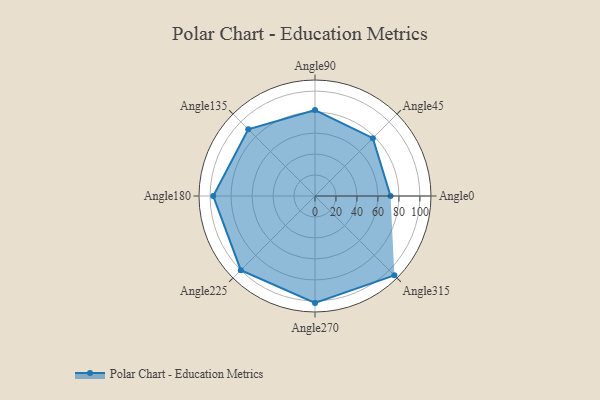
{"axis": {"x": "Angle", "y": "Radius"}, "legend": [""], "data": [{"x": "Angle0", "y": 72.0, "type": ""}, {"x": "Angle45", "y": 78.0, "type": ""}, {"x": "Angle90", "y": 82.0, "type": ""}, {"x": "Angle135", "y": 90.0, "type": ""}, {"x": "Angle180", "y": 97.0, "type": ""}, {"x": "Angle225", "y": 100.0, "type": ""}, {"x": "Angle270", "y": 102.0, "type": ""}, {"x": "Angle315", "y": 107.0, "type": ""}]}